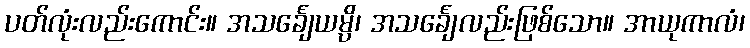
ပတ်လုံးလည်းကောင်း။ အသင်္ချေယမ္ပိ၊ အသင်္ချေလည်းဖြစ်သော။ အာယုကာလံ၊